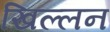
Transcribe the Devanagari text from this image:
खिल्लन